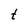
Character: t